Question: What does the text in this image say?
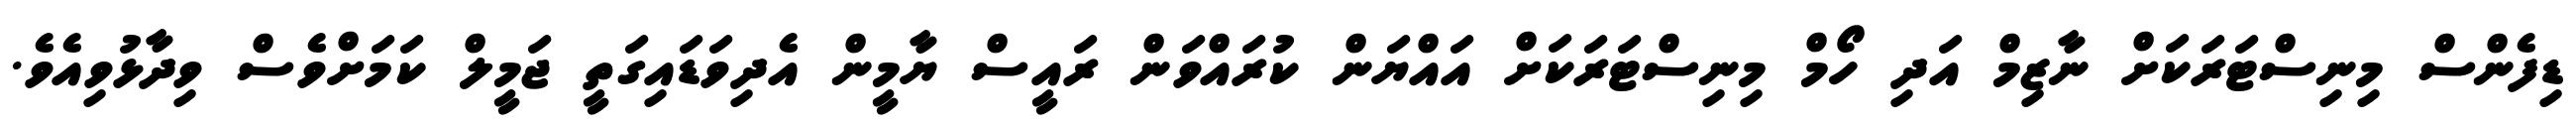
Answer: ޑިފެންސް މިނިސްޓަރަކަށް ނާޒިމް އަދި ހޯމް މިނިސްޓަރަކަށް އައްޔަން ކުރައްވަން ރައީސް ޔާމީން އެދިވަޑައިގަތީ ޖަމީލް ކަމަށްވެސް ވިދާޅުވިއެވެ.